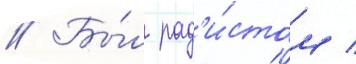
// Бы́л рад'и́стом /